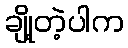
ချို့တဲ့ပါက